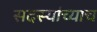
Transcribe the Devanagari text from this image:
सदस्यांच्याच